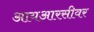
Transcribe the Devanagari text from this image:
आयआरसीवर